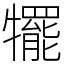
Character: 犤